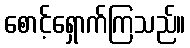
စောင့်ရှောက်ကြသည်။